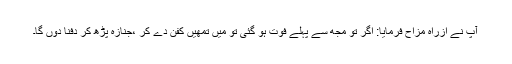
آپ نے ازراہ مزاح فرمایا: اگر تو مجھ سے پہلے فوت ہو گئی تو میں تمھیں کفن دے کر ،جنازہ پڑھ کر دفنا دوں گا۔